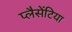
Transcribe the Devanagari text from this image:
प्लैसेंटिया